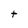
Character: t